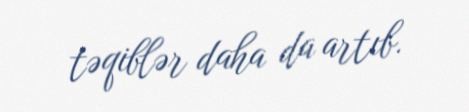
təqiblər daha da artıb.